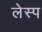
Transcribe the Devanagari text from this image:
लेस्प